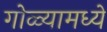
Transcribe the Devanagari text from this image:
गोळ्यामध्ये